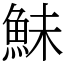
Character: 鮇